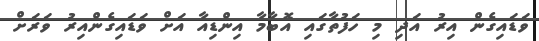
ވަޑައިގެން އިރު އަދި މި ހަފުތާގައި އޮބާމާ އިންޑިއާ އަށް ވަޑައިގެންއިރު ވަރަށް